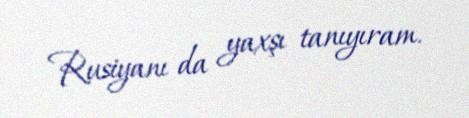
Rusiyanı da yaxşı tanıyıram.